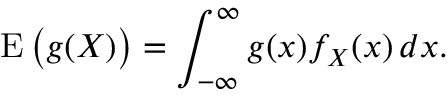
\operatorname { E } { \big ( } g ( X ) { \big ) } = \int _ { - \infty } ^ { \infty } g ( x ) f _ { X } ( x ) \, d x .